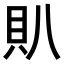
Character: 𧴩